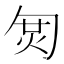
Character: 𠣦